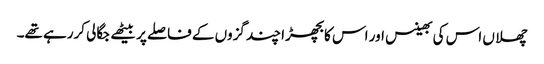
چھلاں اس کی بھینس اور اس کا بچھڑا چند گزوں کے فاصلے پر بیٹھے جگالی کررہے تھے۔